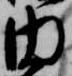
内